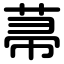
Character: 菷